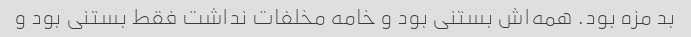
بد مزه بود. همه‌اش بستنی بود و خامه مخلفات نداشت فقط بستنی بود و